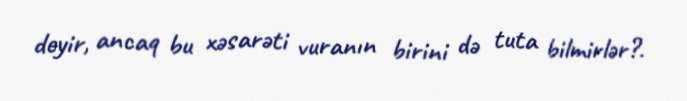
deyir, ancaq bu xəsarəti vuranın birini də tuta bilmirlər?.